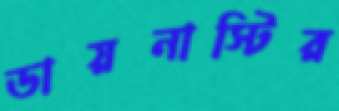
ডায়নাস্টির